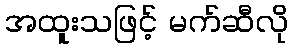
အထူးသဖြင့် မက်ဆီလို